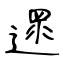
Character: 遝